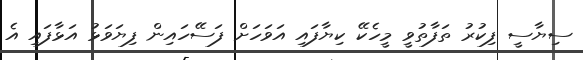
ސިޔާސީ ފިކުރު ތަފާތުވީ މީހެކޭ ކިޔާފައި އަވަހަށް ފަސޭހައިން ފިޔަވަޅު އަޅާފައި އެ